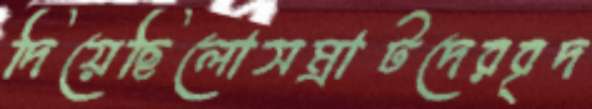
দিয়েছিলোসম্রাটদেরবৃদ